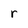
Character: r